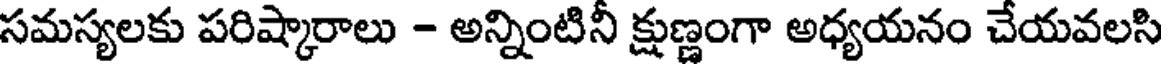
సమస్యలకు పరిష్కారాలు - అన్నింటినీ క్షుణ్ణంగా అధ్యయనం చేయవలసి